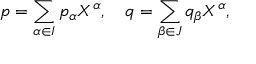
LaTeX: p = \sum _ { \alpha \in I } p _ { \alpha } X ^ { \alpha } , \quad q = \sum _ { \beta \in J } q _ { \beta } X ^ { \alpha } ,